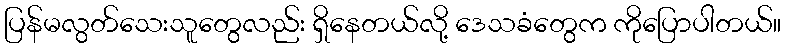
ပြန်မလွတ်သေးသူတွေလည်း ရှိနေတယ်လို့ ဒေသခံတွေက ကိုပြောပါတယ်။